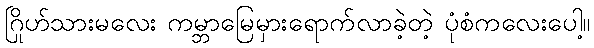
ဂြိုဟ်သားမလေး ကမ္ဘာမြေမှားရောက်လာခဲ့တဲ့ ပုံစံကလေးပေါ့။